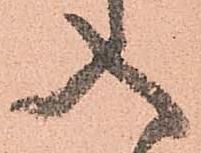
入